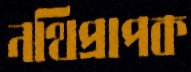
নথিপ্রাপক